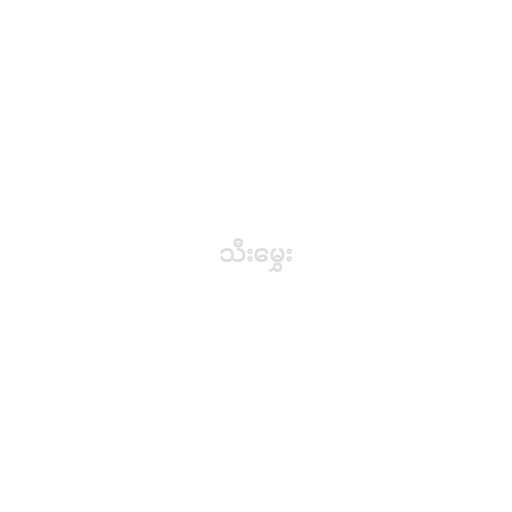
သီးမွှေး